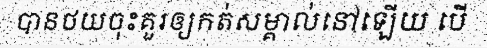
បានថយចុះគួរឲ្យកត់សម្គាល់នៅឡើយ បើ